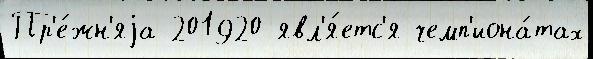
Пр'е́жн'яjа 201920 явл'я́етс'я чемп'иона́тах